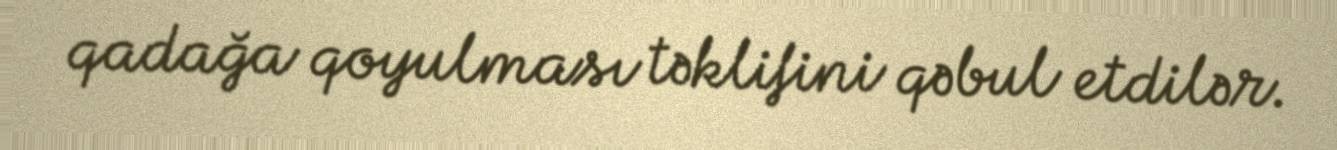
qadağa qoyulması təklifini qəbul etdilər.